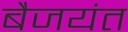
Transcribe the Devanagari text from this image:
बैजयंत